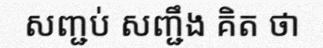
សញ្ជប់ សញ្ជឹង គិត ថា